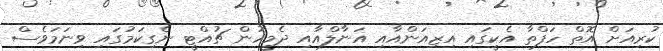
ކުރިއަށް އޮތް ހަފްތާ އެކީގައި އިޒިއަންއާއި އަނާލްއާއި ދެމީހުން ޗުއްޓީ ނެގިކަމުގައި ވިނަމަވެސް